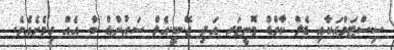
ސިސްޓަމްއަކާއި ޑެލް ކާވްޑް މޮނީޓަރ އަދި ޖޭ.ބީ.އެލް ސައުންޑް ބާ އެއް ހިމެނެއެވެ.